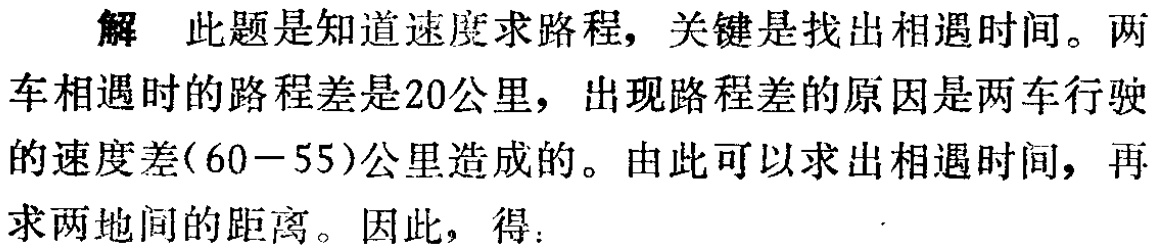
解 此题是知道速度求路程，关键是找出相遇时间。两车相遇时的路程差是20公里，出现路程差的原因是两车行驶的速度差(60－55)公里造成的。由此可以求出相遇时间，再求两地间的距离。因此，得：